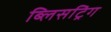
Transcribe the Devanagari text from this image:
ब्लिसट्रिंग